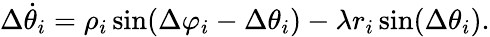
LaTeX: \Delta\dot{\theta}_{i}=\rho_{i}\sin(\Delta\varphi_{i}-\Delta\theta_{i})-\lambda r_{i}\sin(\Delta\theta_{i}).